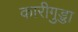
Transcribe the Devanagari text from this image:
कारीगुड्डा